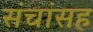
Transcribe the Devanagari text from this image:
संचांसह